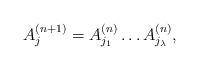
LaTeX: \begin{align*}A_j^{(n+1)} = A_{j_1}^{(n)}\ldots A_{j_{\lambda}}^{(n)},\end{align*}